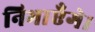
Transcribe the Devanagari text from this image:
निभाएँगे।